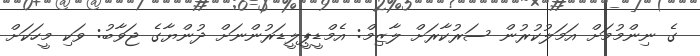
ގެ ނިންމުމަށް އަމަލުކުރުން ސަރުކާރަށް ލާޒިމް: އެމްޑީޕީލީޑަރުންނަށް ދުންޔާގެ ޖަވާބު: ވަކި މީހަކަށް